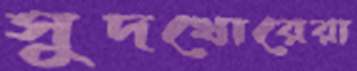
সুদখোরেরা